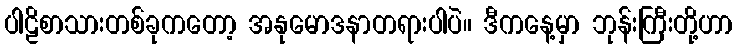
ပါဠိစာသားတစ်ခုကတော့ အနုမောဒနာတရားပါပဲ။ ဒီကနေ့မှာ ဘုန်းကြီးတို့ဟာ